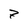
Character: 7